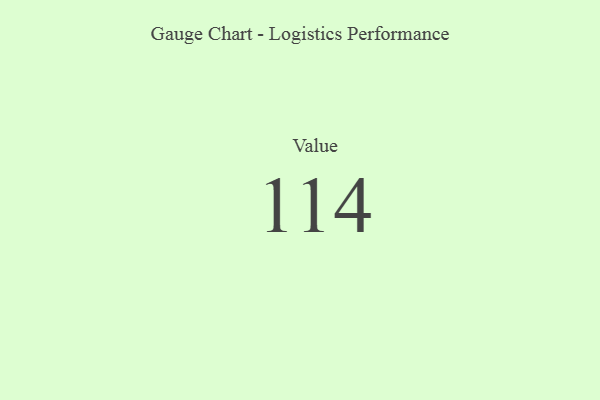
{"axis": {"x": "Metric", "y": "Value"}, "legend": [""], "data": [{"x": "Value", "y": 114, "type": ""}]}